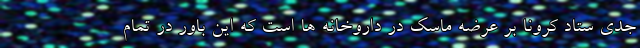
جدی ستاد کرونا بر عرضه ماسک در داروخانه ها است که این باور در تمام